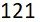
121